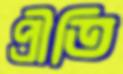
প্রীতি